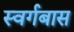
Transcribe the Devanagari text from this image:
स्वर्गबास